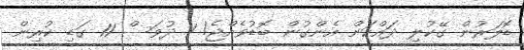
ޑޮލަރުން ގޭކުލި ދައްކަން އެންގުން ބޮޑުވެއްޖެ! 1 ދުވަސް 11 ގަޑި ކުރިން